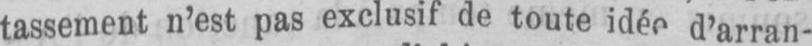
tassement n’est pas exclusif de toute idée d’arran-